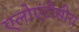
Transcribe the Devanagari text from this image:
एलोएंटीसीरा